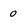
Character: 0